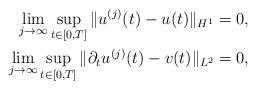
LaTeX: \begin{align*} \lim_{j\to \infty} \sup_{t\in [0,T]} \| u^{(j)} (t) - u(t) \|_{H^1} = 0,\\ \lim_{j\to \infty} \sup_{t\in [0,T]} \| \partial_t u^{(j)} (t) - v(t) \|_{L^2} = 0,\end{align*}